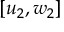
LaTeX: [ u _ { 2 } , w _ { 2 } ]